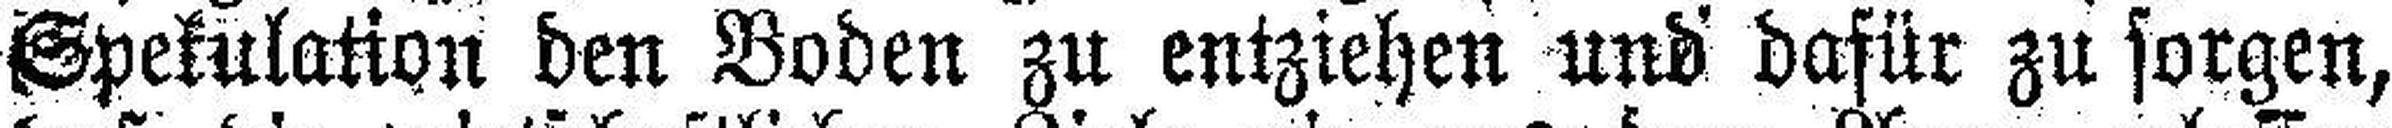
Spekulation den Boden zu entziehen und dafür zu sorgen,